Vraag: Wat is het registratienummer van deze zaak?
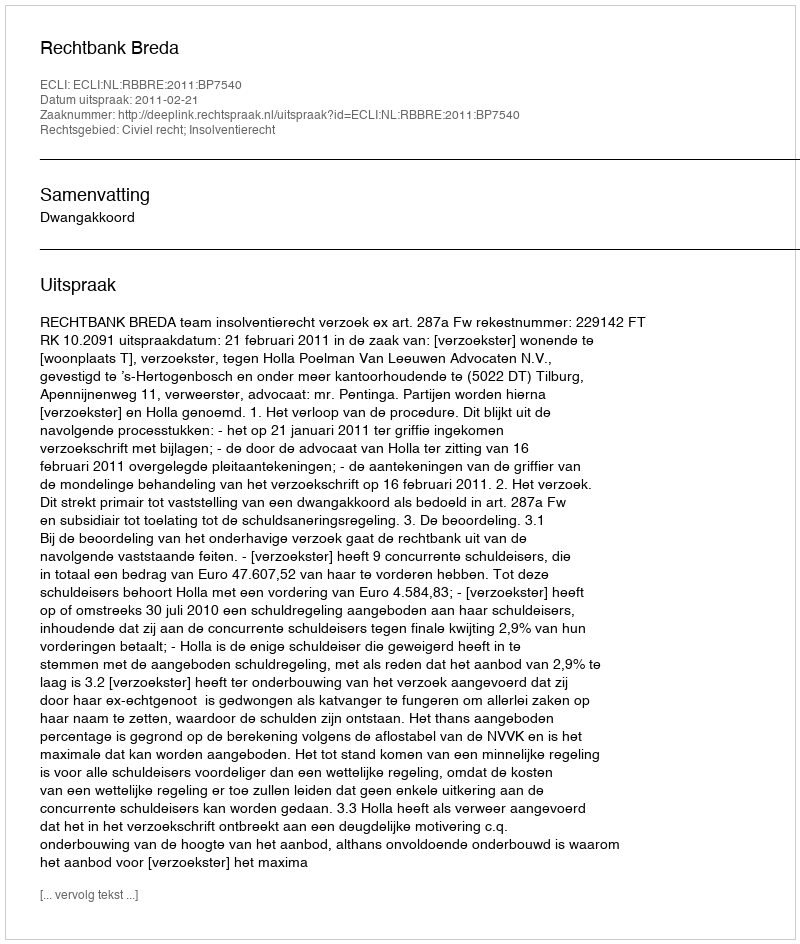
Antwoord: http://deeplink.rechtspraak.nl/uitspraak?id=ECLI:NL:RBBRE:2011:BP7540